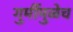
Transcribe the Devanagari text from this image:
गुर्मीमुळेच